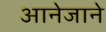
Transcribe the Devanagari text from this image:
आनेजाने